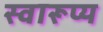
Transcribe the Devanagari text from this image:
स्वारूप्य